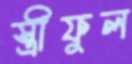
স্ত্রীফুল